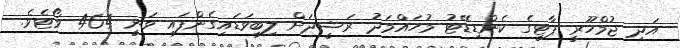
އަދި ޖުމްހޫރީ ޕާޓީގެ ކެންޑިޑޭޓު މުހައްމަދު ރަޝީދަށް ލިބިވަޑައިގެންފައި ވަނީ 464 ވޯޓެވެ.